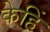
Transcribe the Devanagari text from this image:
केहिं